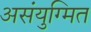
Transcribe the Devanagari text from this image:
असंयुग्मित